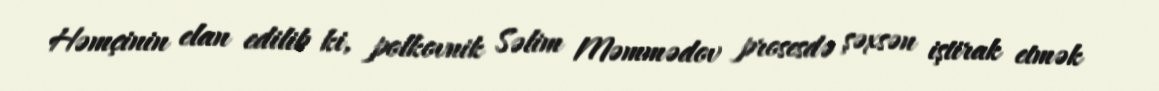
Həmçinin elan edilib ki, polkovnik Səlim Məmmədov prosesdə şəxsən iştirak etmək